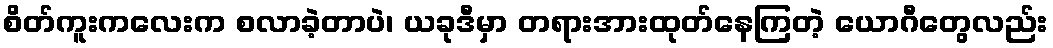
စိတ်ကူးကလေးက စလာခဲ့တာပဲ၊ ယခုဒီမှာ တရားအားထုတ်နေကြတဲ့ ယောဂီတွေလည်း